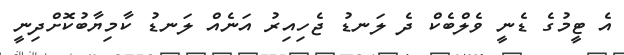
އެ ޓީމުގެ ޑެނީ ވެލްބެކް ދެ ލަނޑު ޖެހިއިރު އަނެއް ލަނޑު ކާމިޔާބުކޮށްދިނީ